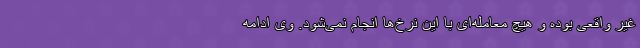
غیر واقعی بوده و هیچ معامله‌ای با این نرخ‌ها انجام نمی‌شود. وی ادامه